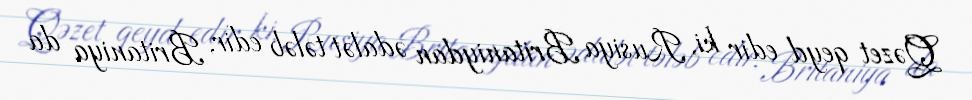
Qəzet qeyd edir ki, Rusiya Britaniydan ədalət tələb edir, Britaniya da